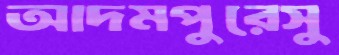
আদমপুরেসু